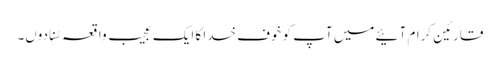
قارئین کرام آئیے میں آپ کو خوف خدا کا ایک عجیب واقعہ سُنا دوں۔